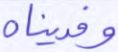
وفديناه